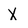
Character: X